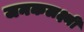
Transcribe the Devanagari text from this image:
जनकलक्ष्मी